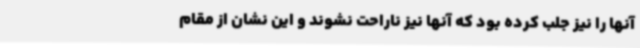
آنها را نیز جلب کرده بود که آنها نیز ناراحت نشوند و این نشان از مقام